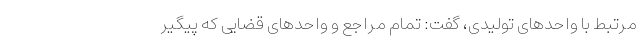
مرتبط با واحد‌های تولیدی، گفت: تمام مراجع و واحد‌های قضایی که پیگیر